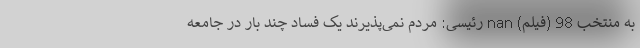
به منتخب 98 (فیلم) nan رئیسی: مردم نمی‌پذیرند یک فساد چند بار در جامعه